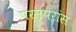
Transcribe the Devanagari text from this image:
परस्परांस